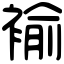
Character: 褕